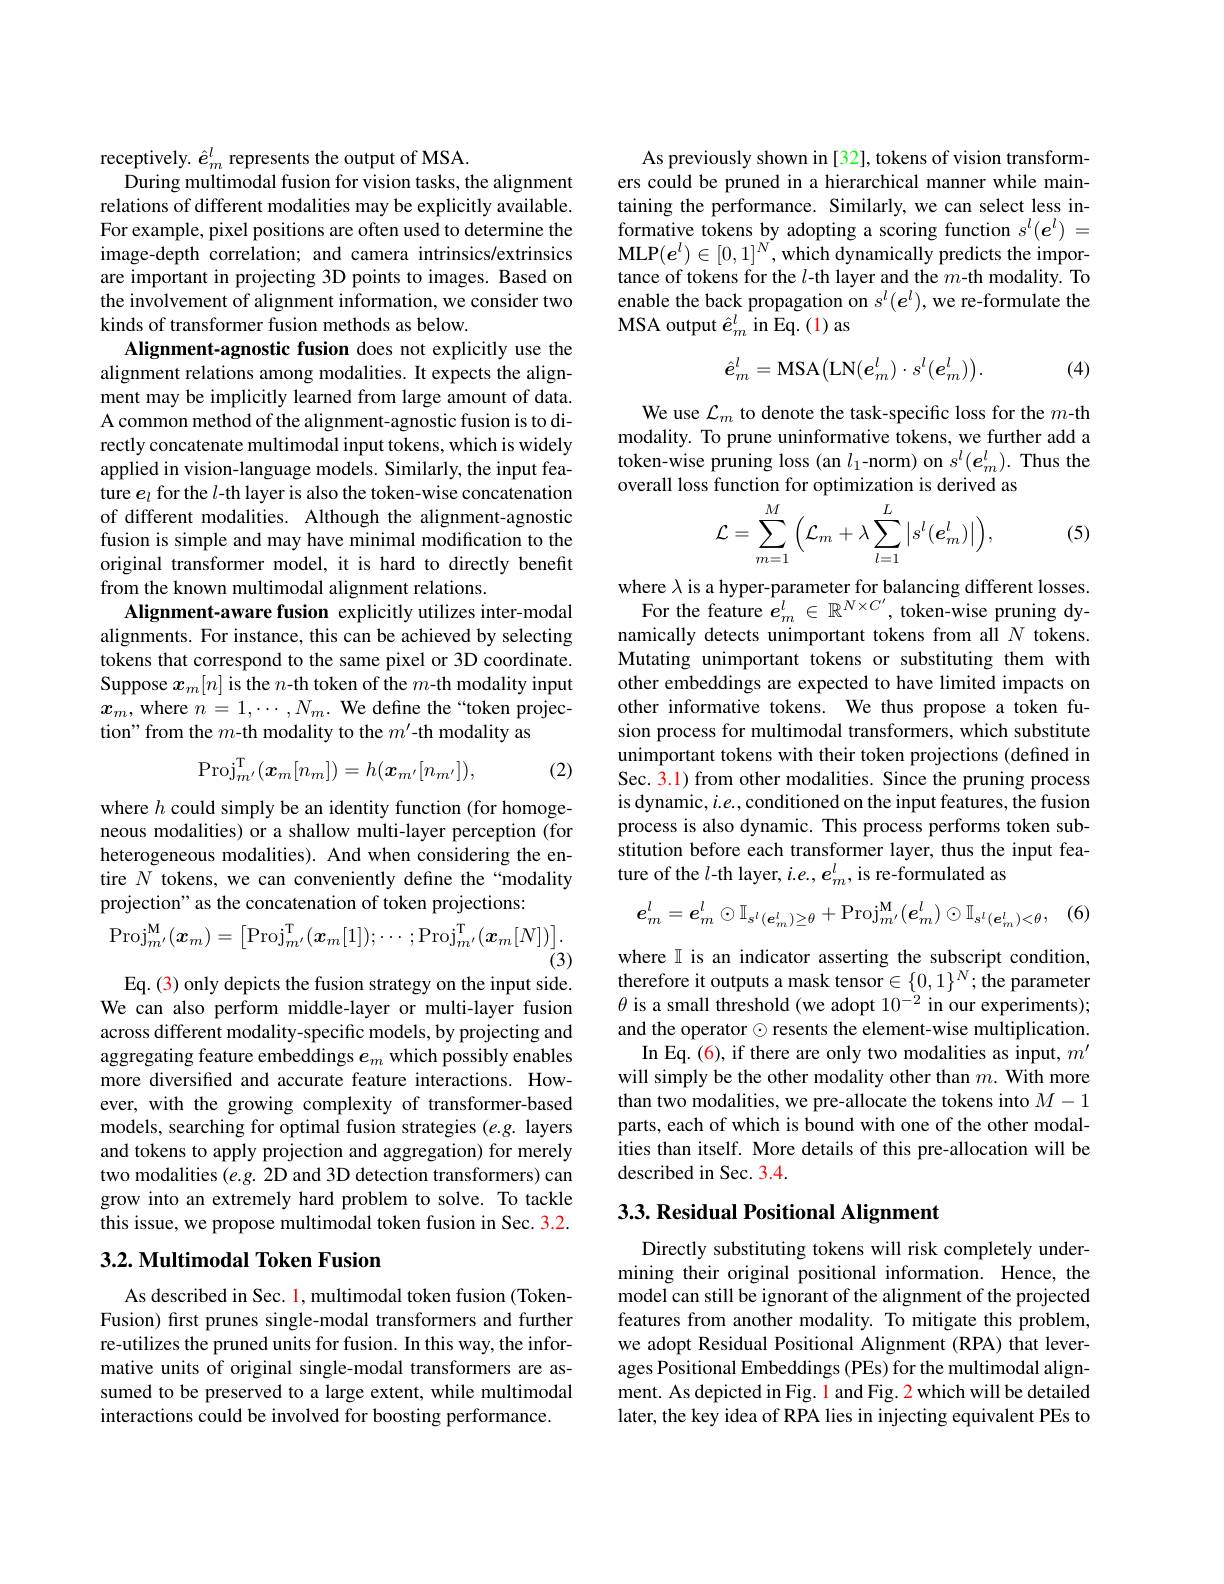
receptively. $\hat{e}_m^l$ represents the output of MSA.
During multimodal fusion for vision tasks, the alignment relations of different modalities may be explicitly available. For example, pixel positions are often used to determine the image-depth correlation; and camera intrinsics/extrinsics are important in projecting 3D points to images. Based on the involvement of alignment information, we consider two kinds of transformer fusion methods as below.
Alignment-agnostic fusion does not explicitly use the alignment relations among modalities. It expects the alignment may be implicitly learned from large amount of data. A common method of the alignment-agnostic fusion is to directly concatenate multimodal input tokens, which is widely applied in vision-language models. Similarly, the input feature $e_l$ for the $l$-th layer is also the token-wise concatenation of different modalities. Although the alignment-agnostic fusion is simple and may have minimal modification to the original transformer model, it is hard to directly benefit from the known multimodal alignment relations.
Alignment-aware fusion explicitly utilizes inter-modal alignments. For instance, this can be achieved by selecting tokens that correspond to the same pixel or 3D coordinate. Suppose $x_m[n]$ is the $n$-th token of the $m$-th modality input $x_m$, where $n=1,\cdots,N_m.$ We define the“token projection" from the $m$-th modality to the $m^\prime$-th modality as
$$\mathrm{Proj}_{m'}^\mathrm{T}(\boldsymbol{x}_m[n_m])=h(\boldsymbol{x}_{m'}[n_{m'}]),$$
(2)

where $h$ could simply be an identity function (for homogeneous modalities) or a shallow multi-layer perception (for heterogeneous modalities). And when considering the entire $N$ tokens, we can conveniently define the“modality projection" as the concatenation of token projections:
$$\mathrm{Proj}_{m^{\prime}}^{\mathrm{M}}(\boldsymbol{x}_{m})=\begin{bmatrix}\mathrm{Proj}_{m^{\prime}}^{\mathrm{T}}(\boldsymbol{x}_{m}[1]);\cdots;\mathrm{Proj}_{m^{\prime}}^{\mathrm{T}}(\boldsymbol{x}_{m}[N])\end{bmatrix}.$$
$\stackrel{'}{(3)}$

Eq. (3) only depicts the fusion strategy on the input side. We can also perform middle-layer or multi-layer fusion across different modality-specific models, by projecting and aggregating feature embeddings $e_m$ which possibly enables more diversified and accurate feature interactions. However, with the growing complexity of transformer-based models, searching for optimal fusion strategies (e.g. layers and tokens to apply projection and aggregation) for merely two modalities (e.g. 2D and 3D detection transformers) can grow into an extremely hard problem to solve. To tackle this issue, we propose multimodal token fusion in Sec. 3.2.

## $3. 2. \textbf{ Multimodal Token Fusion}$

As described in Sec. 1, multimodal token fusion (TokenFusion) first prunes single-modal transformers and further re-utilizes the pruned units for fusion. In this way, the informative units of original single-modal transformers are assumed to be preserved to a large extent, while multimodal interactions could be involved for boosting performance.

As previously shown in [32], tokens of vision transformers could be pruned in a hierarchical manner while maintaining the performance. Similarly, we can select less informative tokens by adopting a scoring function $s^l(\boldsymbol{e}^l)=$ MLP$(e^l)\in[0,1]^N$,which dynamically predicts the importance of tokens for the $l$-th layer and the $m$-th modality. To enable the back propagation on $s^l(e^l)$,we re-formulate the MSA output $\hat{e}_m^l$ in Eq.(1) as
$$\hat{e}_m^l=\mathrm{MSA}\big(\mathrm{LN}(e_m^l)\cdot s^l(e_m^l)\big).$$
(4)

We use $\mathcal{L}_m$ to denote the task-specific loss for the $m$-th modality. To prune uninformative tokens, we further add a $\hat{\text{token-wise pruning loss(an }l_1\text{-norm) on }s^l}(\boldsymbol{e}_m^l).$ Thus the overall loss function for optimization is derived as
$$\mathcal{L}=\sum_{m=1}^{M}\Big(\mathcal{L}_{m}+\lambda\sum_{l=1}^{L}\Big|s^{l}(\boldsymbol{e}_{m}^{l})\Big|\Big),$$
(5)

where $\lambda$ is a hyper-parameter for balancing different losses. For the feature $e_m^l\in\mathbb{R}^{N\times C^{\prime}}$, token-wise pruning dy-
namically detects unimportant tokens from all $N$ tokens. Mutating unimportant tokens or substituting them with other embeddings are expected to have limited impacts on other informative tokens. We thus propose a token fusion process for multimodal transformers, which substitute unimportant tokens with their token projections (defined in Sec. 3.1) from other modalities. Since the pruning process is dynamic, $i.e.$, conditioned on the input features, the fusion process is also dynamic. This process performs token substitution before each transformer layer, thus the input feature of the $l$-th layer, $i.e.,e_m^l$, is re-formulated as
$$\boldsymbol{e}_{m}^{l}=\boldsymbol{e}_{m}^{l}\odot\mathbb{I}_{s^{l}(\boldsymbol{e}_{m}^{l})\geq\theta}+\mathrm{Proj}_{m^{\prime}}^{\mathbf{M}}(\boldsymbol{e}_{m}^{l})\odot\mathbb{I}_{s^{l}(\boldsymbol{e}_{m}^{l})<\theta},$$
(6)

where I is an indicator asserting the subscript condition, therefore it outputs a mask tensor$\in\{0,1\}^N;$the parameter $\theta$ is a small threshold (we adopt $10^-2$ in our experiments); and the operator $\odot$ resents the element-wise multiplication.
In Eq. (6), if there are only two modalities as input, $m^{\prime}$ will simply be the other modality other than $m.$ With more than two modalities, we pre-allocate the tokens into $M-1$ parts, each of which is bound with one of the other modalities than itself. More details of this pre-allocation will be described in Sec. 3.4.

### 3.3. Residual Positional Alignment

Directly substituting tokens will risk completely undermining their original positional information. Hence, the model can still be ignorant of the alignment of the projected features from another modality. To mitigate this problem, we adopt Residual Positional Alignment (RPA) that leverages Positional Embeddings (PEs) for the multimodal alignment. As depicted in Fig. 1 and Fig. 2 which will be detailed later, the key idea of RPA lies in injecting equivalent PEs to